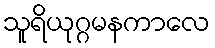
သူရိယုဂ္ဂမနကာလေ